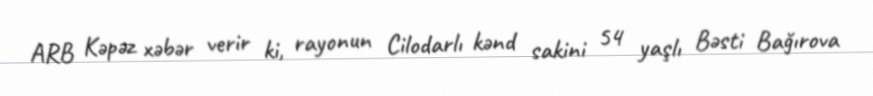
ARB Kəpəz xəbər verir ki, rayonun Cilodarlı kənd sakini 54 yaşlı Bəsti Bağırova